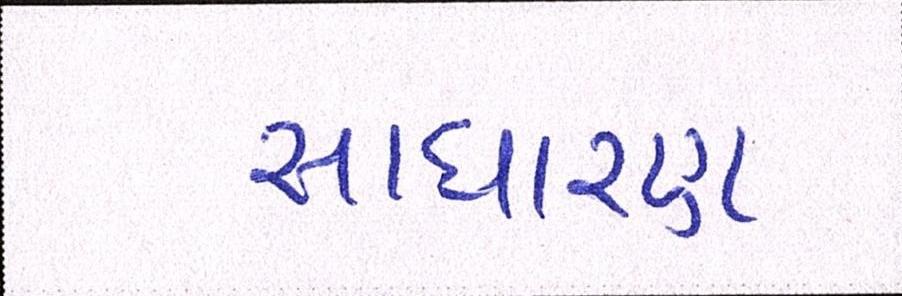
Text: સાઘારણ